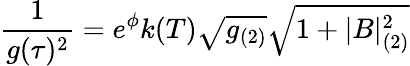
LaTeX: {\frac{1}{g(\tau)^{2}}}=e^{\phi}k(T)\sqrt{g_{(2)}}\sqrt{1+|B|_{(2)}^{2}}